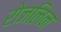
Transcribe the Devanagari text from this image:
रोजलिन